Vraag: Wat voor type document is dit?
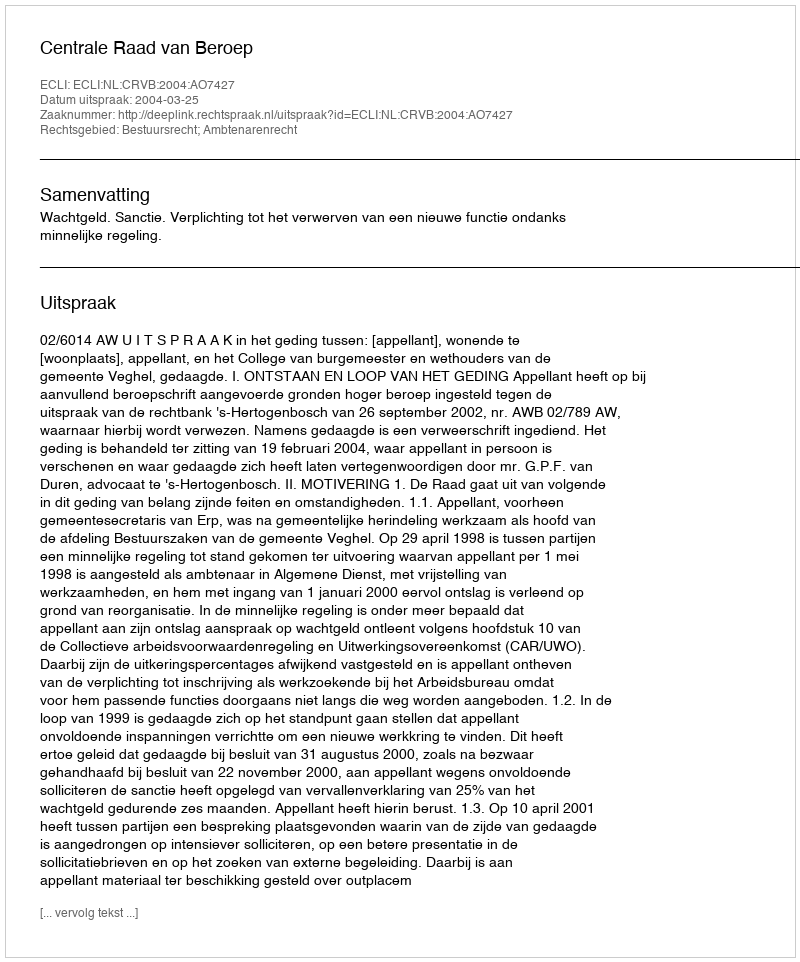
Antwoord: Uitspraak